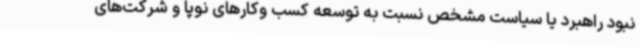
نبود راهبرد یا سیاست مشخص نسبت به توسعه کسب وکارهای نوپا و شرکت‌های